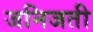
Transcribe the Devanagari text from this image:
जनिजती